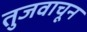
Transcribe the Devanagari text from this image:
तुजवाचून